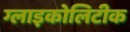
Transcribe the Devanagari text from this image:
ग्लाइकोलिटीक